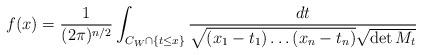
LaTeX: \begin{align*}f(x)=\frac{1}{(2\pi)^{n/2}}\int_{C_W\cap \{t\leq x\}}\frac{dt}{\sqrt{(x_1-t_1)\ldots (x_n-t_n)}\sqrt{\det M_t}}\end{align*}